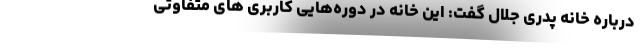
درباره خانه پدری جلال گفت: این خانه در دوره‌هایی کاربری های متفاوتی